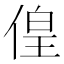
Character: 偟